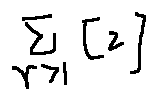
\sum \limits _ { \gamma > I } [ 2 ]